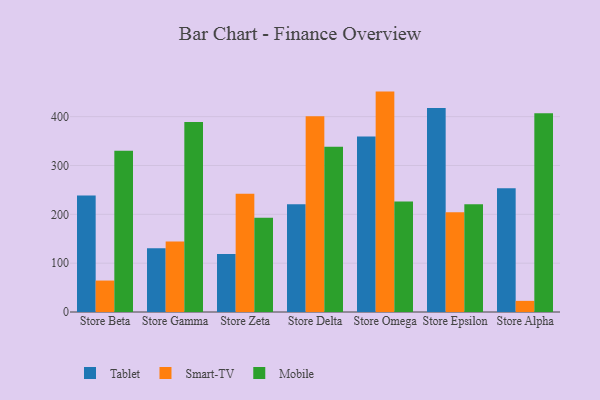
{"axis": {"x": "Store", "y": "Headcount"}, "legend": ["Mobile", "Smart-TV", "Tablet"], "data": [{"x": "Store Beta", "y": 238.3, "type": "Tablet"}, {"x": "Store Beta", "y": 64.4, "type": "Smart-TV"}, {"x": "Store Beta", "y": 330.3, "type": "Mobile"}, {"x": "Store Gamma", "y": 130.6, "type": "Tablet"}, {"x": "Store Gamma", "y": 144.3, "type": "Smart-TV"}, {"x": "Store Gamma", "y": 388.9, "type": "Mobile"}, {"x": "Store Zeta", "y": 118.6, "type": "Tablet"}, {"x": "Store Zeta", "y": 242.3, "type": "Smart-TV"}, {"x": "Store Zeta", "y": 193.0, "type": "Mobile"}, {"x": "Store Delta", "y": 220.4, "type": "Tablet"}, {"x": "Store Delta", "y": 400.7, "type": "Smart-TV"}, {"x": "Store Delta", "y": 338.4, "type": "Mobile"}, {"x": "Store Omega", "y": 359.6, "type": "Tablet"}, {"x": "Store Omega", "y": 451.3, "type": "Smart-TV"}, {"x": "Store Omega", "y": 226.5, "type": "Mobile"}, {"x": "Store Epsilon", "y": 417.8, "type": "Tablet"}, {"x": "Store Epsilon", "y": 204.4, "type": "Smart-TV"}, {"x": "Store Epsilon", "y": 220.4, "type": "Mobile"}, {"x": "Store Alpha", "y": 253.3, "type": "Tablet"}, {"x": "Store Alpha", "y": 22.8, "type": "Smart-TV"}, {"x": "Store Alpha", "y": 406.8, "type": "Mobile"}]}